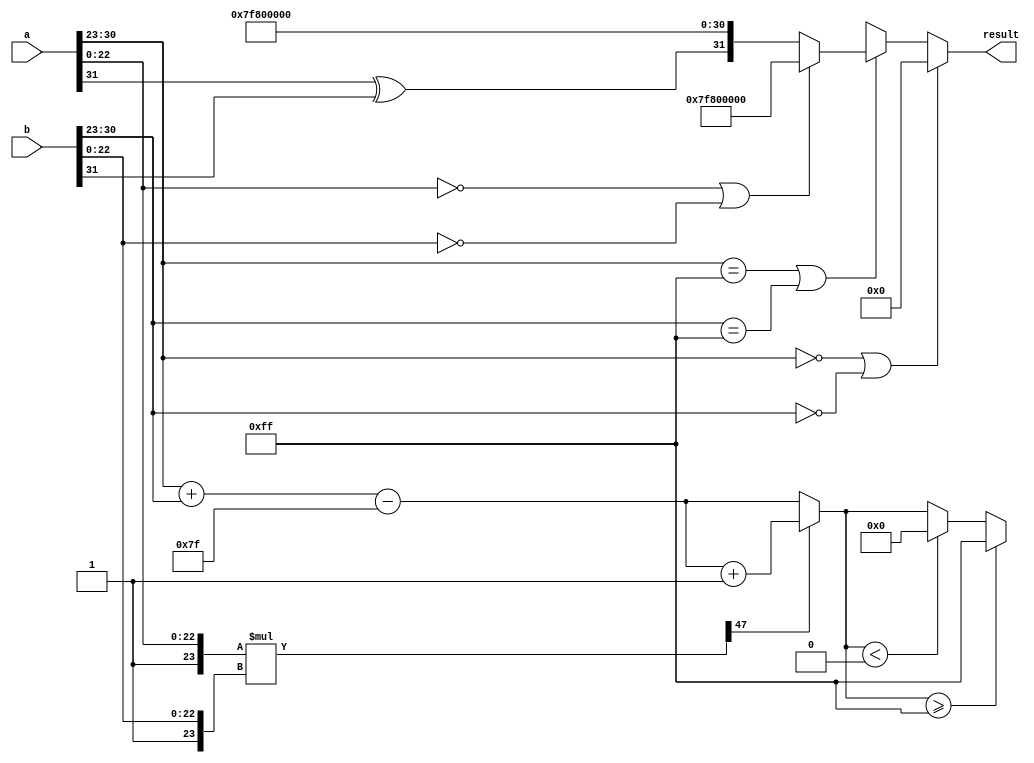
module fp_multiplier (
    input [31:0] a, // First floating-point input
    input [31:0] b, // Second floating-point input
    output reg [31:0] result // Floating-point output
);
    // Constants
    localparam EXPONENT_BIAS = 8'd127;
    localparam EXPONENT_MAX = 8'b11111111; // 255
    localparam EXPONENT_MIN = 8'b00000000; // 0

    // Intermediate signals
    wire sign_a = a[31];
    wire sign_b = b[31];
    wire [7:0] exponent_a = a[30:23];
    wire [7:0] exponent_b = b[30:23];
    wire [22:0] mantissa_a = a[22:0];
    wire [22:0] mantissa_b = b[22:0];

    wire [23:0] normalized_mantissa_a = {1'b1, mantissa_a}; // Normalized mantissa A
    wire [23:0] normalized_mantissa_b = {1'b1, mantissa_b}; // Normalized mantissa B
    wire [47:0] mantissa_product = normalized_mantissa_a * normalized_mantissa_b; // Multiply mantissas

    // Sign result
    wire result_sign = sign_a ^ sign_b;

    // Exponent calculation
    wire [7:0] exponent_sum = (exponent_a + exponent_b) - EXPONENT_BIAS; // Sum of exponents
    reg [7:0] result_exponent;

    always @(*) begin
        // Check for special cases: zero, infinity, NaN
        if ((exponent_a == 8'b0) || (exponent_b == 8'b0)) begin
            result = 32'b0; // If either input is zero
        end else if ((exponent_a == EXPONENT_MAX) || (exponent_b == EXPONENT_MAX)) begin
            if ((mantissa_a == 23'b0) || (mantissa_b == 23'b0)) begin
                result = 32'b01111111100000000000000000000000; // NaN
            end else begin
                result = {result_sign, EXPONENT_MAX, 23'b0}; // Infinity
            end
        end else begin
            // Normal case
            if (mantissa_product[47]) begin
                // If the product is greater than or equal to 2
                result_exponent = exponent_sum + 8'd1; // Adjust exponent
                result_mantissa = mantissa_product[46:24]; // Keep 23 bits
            end else begin
                // If the product is less than 2
                result_exponent = exponent_sum; // No adjustment
                result_mantissa = mantissa_product[45:23]; // Keep 23 bits
            end

            // Clamp exponent
            if (result_exponent >= EXPONENT_MAX) begin
                result_exponent = EXPONENT_MAX; // Clamp to max
            end else if (result_exponent < 8'd0) begin
                result_exponent = 8'b0; // Clamp to min
            end

            // Assemble result
            result = {result_sign, result_exponent, result_mantissa[22:0]};
        end
    end

endmodule